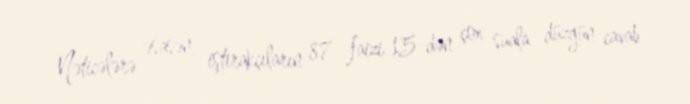
Nəticələrə əsasən, iştirakçıların 87 faizi 15-dən çox suala düzgün cavab